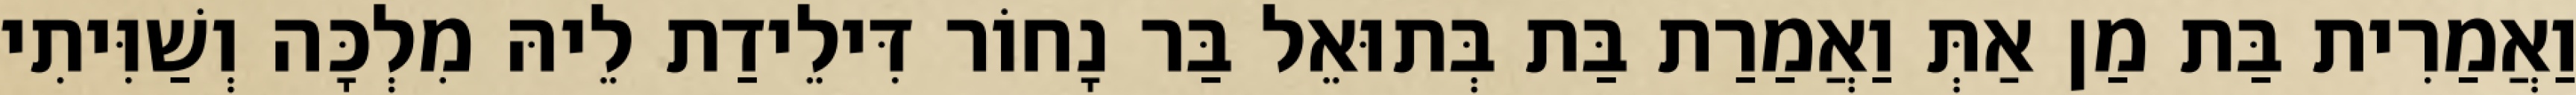
וַאֲמַרִית בַּת מַן אַתְּ וַאֲמַרַת בַּת בְּתוּאֵל בַּר נָחוֹר דִּילֵידַת לֵיהּ מִלְכָּה וְשַׁוִּיתִי